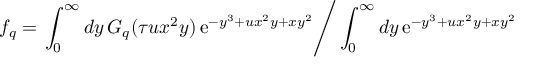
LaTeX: f _ { q } = \left. \int _ { 0 } ^ { \infty } d y \, G _ { q } ( \tau u x ^ { 2 } y ) \, \mathrm { e } ^ { - y ^ { 3 } + u x ^ { 2 } y + x y ^ { 2 } } \right/ \int _ { 0 } ^ { \infty } d y \, \mathrm { e } ^ { - y ^ { 3 } + u x ^ { 2 } y + x y ^ { 2 } }